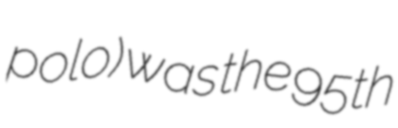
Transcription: polo) was the 95th